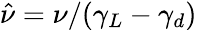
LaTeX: \hat{\nu}=\nu/(\gamma_{L}-\gamma_{d})